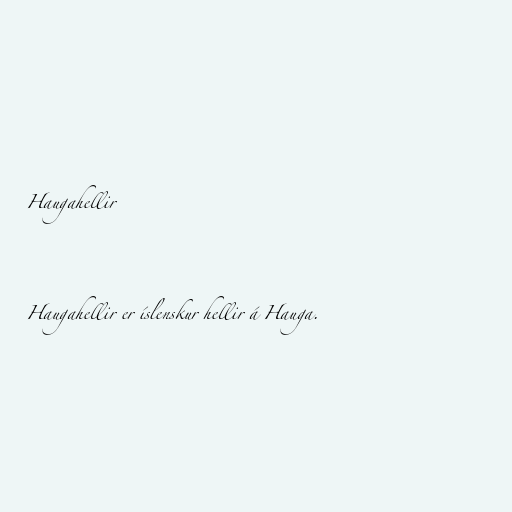
Haugahellir

Haugahellir er íslenskur hellir á Hauga.